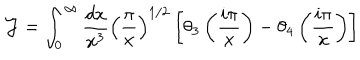
LaTeX: { \cal J } = \int _ { 0 } ^ { \infty } { \frac { d x } { x ^ { 3 } } } \left( { \frac { \pi } { x } } \right) ^ { 1 / 2 } \left[ \theta _ { 3 } \left( { \frac { i \pi } { x } } \right) - \theta _ { 4 } \left( { \frac { i \pi } { x } } \right) \right]